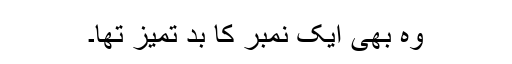
وہ بھی ایک نمبر کا بد تمیز تھا۔